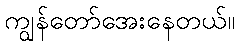
ကျွန်တော်အေးနေတယ်။